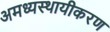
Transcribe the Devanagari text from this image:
अमध्यस्थायीकरण